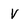
Character: V